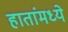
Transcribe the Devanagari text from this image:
हातांमध्ये